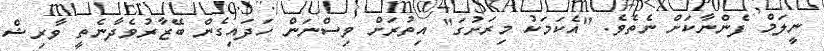
ނީލަމް ފެންނާކަށް ނެތެވެ. "އެކަމަކު މިރަށުގަ" އިތުރަށް ވިސްނަން ހަދައިގެން ބޭޒާރުވެދާނެތީ ވާރިޝް